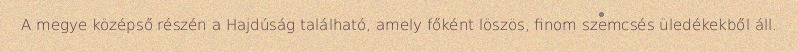
A megye középső részén a Hajdúság található, amely főként löszös, finom szemcsés üledékekből áll.